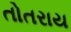
તોતરાય